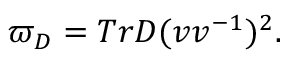
\varpi _ { D } = T r D ( \d v v ^ { - 1 } ) ^ { 2 } .